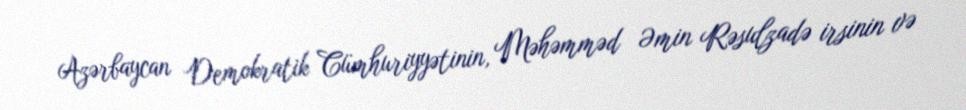
Azərbaycan Demokratik Cümhuriyyətinin, Məhəmməd Əmin Rəsulzadə irsinin və